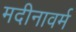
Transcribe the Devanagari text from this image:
मदीनावर्म